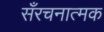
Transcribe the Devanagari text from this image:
सँरचनात्मक